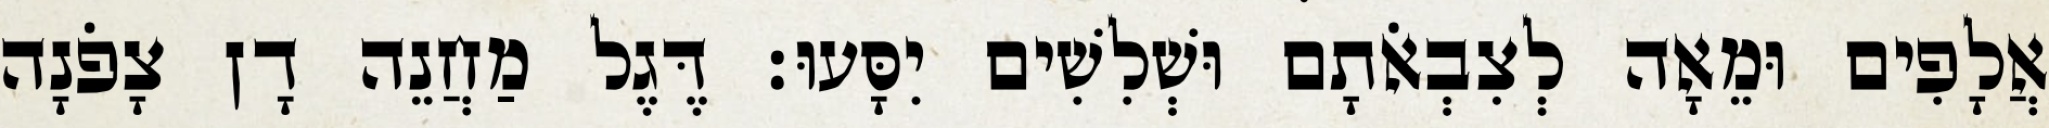
אֲלָפִים וּמֵאָה לְצִבְאֹתָם וּשְׁלִשִׁים יִסָּעוּ׃ דֶּגֶל מַחֲנֵה דָן צָפֹנָה